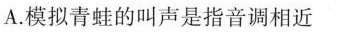
A.模拟青蛙的叫声是指音调相近